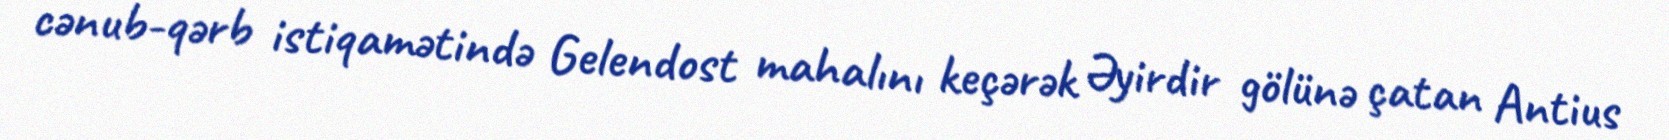
cənub-qərb istiqamətində Gelendost mahalını keçərək Əyirdir gölünə çatan Antius